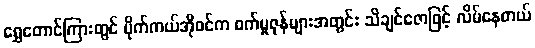
ရွှေတောင်ကြားတွင် မိုက်ကယ်အိုဝင်က စက်မှုဇုန်များအတွင်း သိချင်ဇောဖြင့် လိမ်နေတယ်